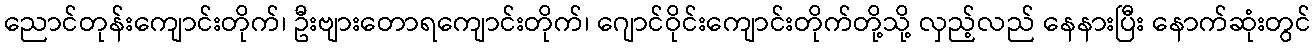
ညောင်တုန်းကျောင်းတိုက်၊ ဦးဗျားတောရကျောင်းတိုက်၊ ဂျောင်ဝိုင်းကျောင်းတိုက်တို့သို့ လှည့်လည် နေနားပြီး နောက်ဆုံးတွင်